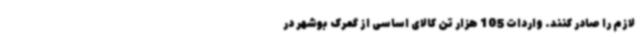
لازم را صادر کنند. واردات 105 هزار تن کالای اساسی از گمرک بوشهر در